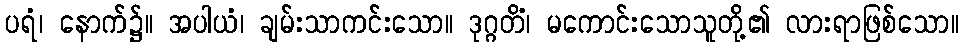
ပရံ၊ နောက်၌။ အပါယံ၊ ချမ်းသာကင်းသော။ ဒုဂ္ဂတိံ၊ မကောင်းသောသူတို့၏ လားရာဖြစ်သော။